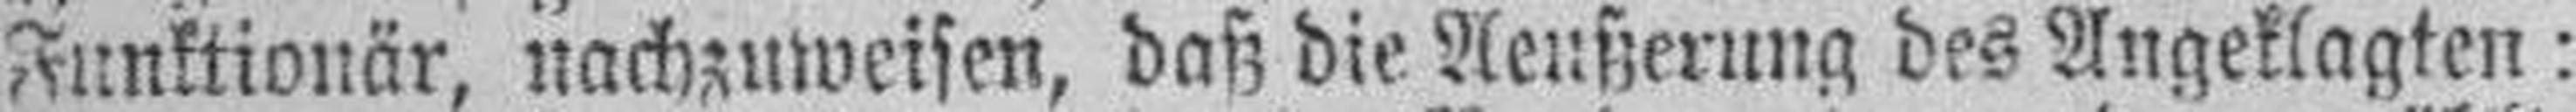
Funktionär, nachzuweisen, daß die Aeußerung des Angeklagten: